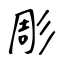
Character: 彫